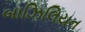
બાઝિલિયન